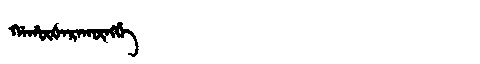
Manchu: ᡤᠠᡥᡡᡧᠠᡵᠠᡴᡡᠩᡤᡝ
Romanization: GAHŪŠARAKŪNGGE